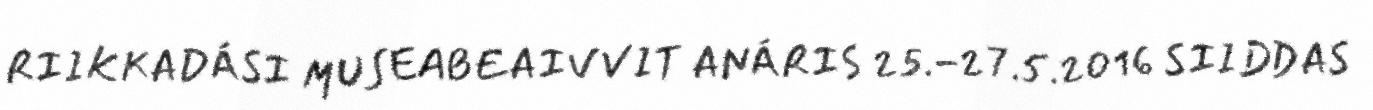
RIIKKADÁSI MUSEABEAIVVIT ANÁRIS 25.-27.5.2016 SIIDDAS